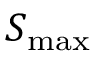
S _ { \mathrm { m a x } }